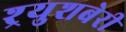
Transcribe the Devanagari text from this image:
श्र्युशबेरी